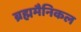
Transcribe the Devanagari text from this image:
ब्रह्ममैनिकल